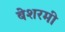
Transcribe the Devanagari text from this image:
बेशरमी